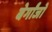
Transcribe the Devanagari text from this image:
बेर्गांजो